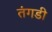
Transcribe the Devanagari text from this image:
तंगडी